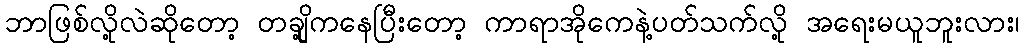
ဘာဖြစ်လို့လဲဆိုတော့ တချို့ကနေပြီးတော့ ကာရာအိုကေနဲ့ပတ်သက်လို့ အရေးမယူဘူးလား၊